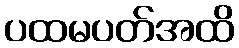
ပထမပတ်အထိ